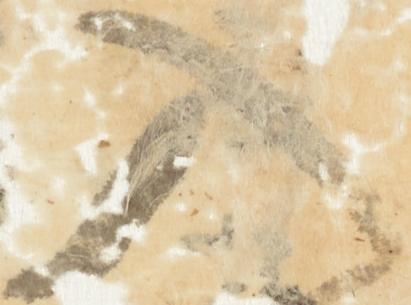
入